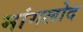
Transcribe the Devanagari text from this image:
मांगलोद